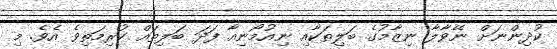
ކުދިންނަށް ނޭވާލާ ނިޒާމުގެ ބަލިތަކާއި ނިއުމޯނިއާ ފަދަ ބަލިތައް ކުރިމަތިވެ އެވެ. މި